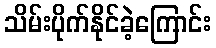
သိမ်းပိုက်နိုင်ခဲ့ကြောင်း